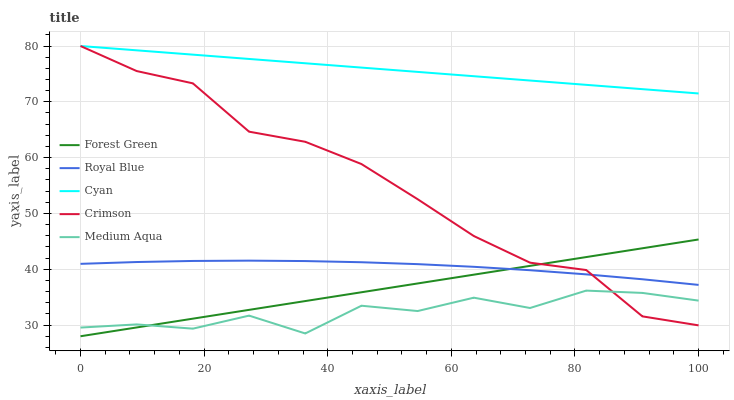
| xaxis_label | Forest Green | Royal Blue | Cyan | Crimson | Medium Aqua |
 | --- | --- | --- | --- | --- | --- |
 | 0 | 28 | 41 | 80 | 80 | 29.6 |
 | 9.09 | 29.6 | 41.3 | 79.2 | 75.5 | 30.1 |
 | 18.2 | 31.2 | 41.5 | 78.5 | 73.3 | 29.4 |
 | 27.3 | 32.7 | 41.5 | 77.7 | 64.7 | 31.7 |
 | 36.4 | 34.3 | 41.5 | 76.9 | 62.8 | 28.5 |
 | 45.5 | 35.9 | 41.3 | 76.1 | 58.9 | 33.5 |
 | 54.5 | 37.5 | 40.9 | 75.4 | 52.6 | 32.5 |
 | 63.6 | 39 | 40.4 | 74.6 | 46 | 34.9 |
 | 72.7 | 40.6 | 39.8 | 73.8 | 41.2 | 33.1 |
 | 81.8 | 42.2 | 39.1 | 73 | 39.9 | 36.2 |
 | 90.9 | 43.8 | 38.2 | 72.3 | 31.6 | 35.8 |
 | 100 | 45.3 | 37.2 | 71.5 | 29.9 | 34.4 |